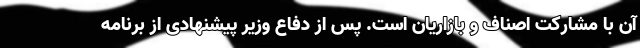
آن با مشارکت اصناف و بازاریان است. پس از دفاع وزیر پیشنهادی از برنامه